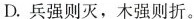
D.兵强则灭，木强则折。